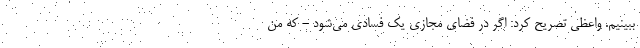
ببینیم. واعظی تصریح کرد: اگر در فضای مجازی یک فسادی می‌شود - که من